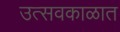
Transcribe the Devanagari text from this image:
उत्सवकाळात